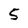
Character: 5